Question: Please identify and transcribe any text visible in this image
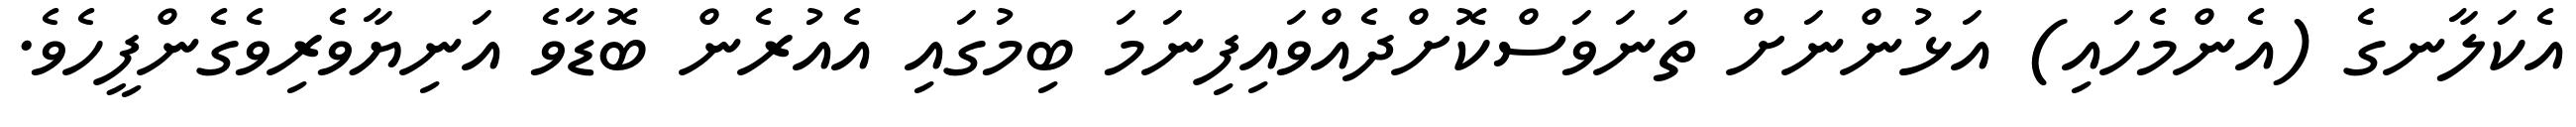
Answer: އެކަލާނގެ (އެންމެހައި) އަޅުންނަށް ތަނަވަސްކޮށްދެއްވައިފިނަމަ ބިމުގައި އެއުރެން ބޮޑާވެ އަނިޔާވެރިވެގެންފީހެވެ.